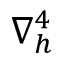
\nabla _ { h } ^ { 4 }